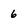
Character: 6